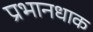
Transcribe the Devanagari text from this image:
प्रभानधाक